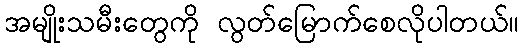
အမျိုးသမီးတွေကို လွတ်မြောက်စေလိုပါတယ်။